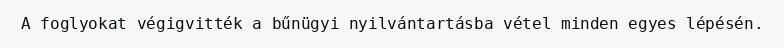
A foglyokat végigvitték a bűnügyi nyilvántartásba vétel minden egyes lépésén.